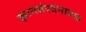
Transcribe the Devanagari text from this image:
ज्ञानसंरचनावाद